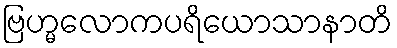
ဗြဟ္မလောကပရိယောသာနာတိ